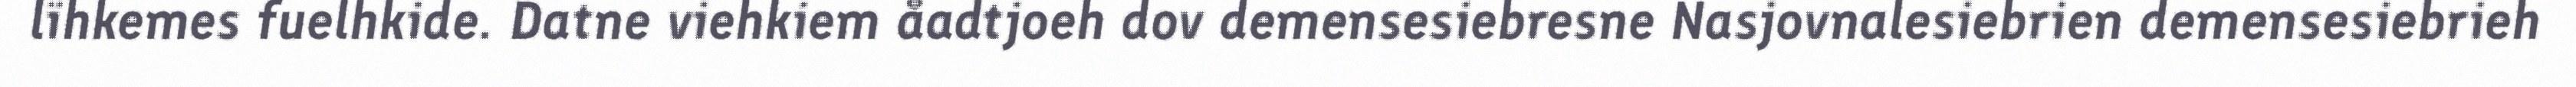
lïhkemes fuelhkide. Datne viehkiem åadtjoeh dov demensesiebresne Nasjovnalesiebrien demensesiebrieh